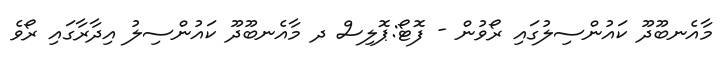
މާއެނބޫދޫ ކައުންސިލުގައި ރޯވުން - ފޮޓޯ:ޕޮލިސް ދ މާއެނބޫދޫ ކައުންސިލު އިދާރާގައި ރޯވެ